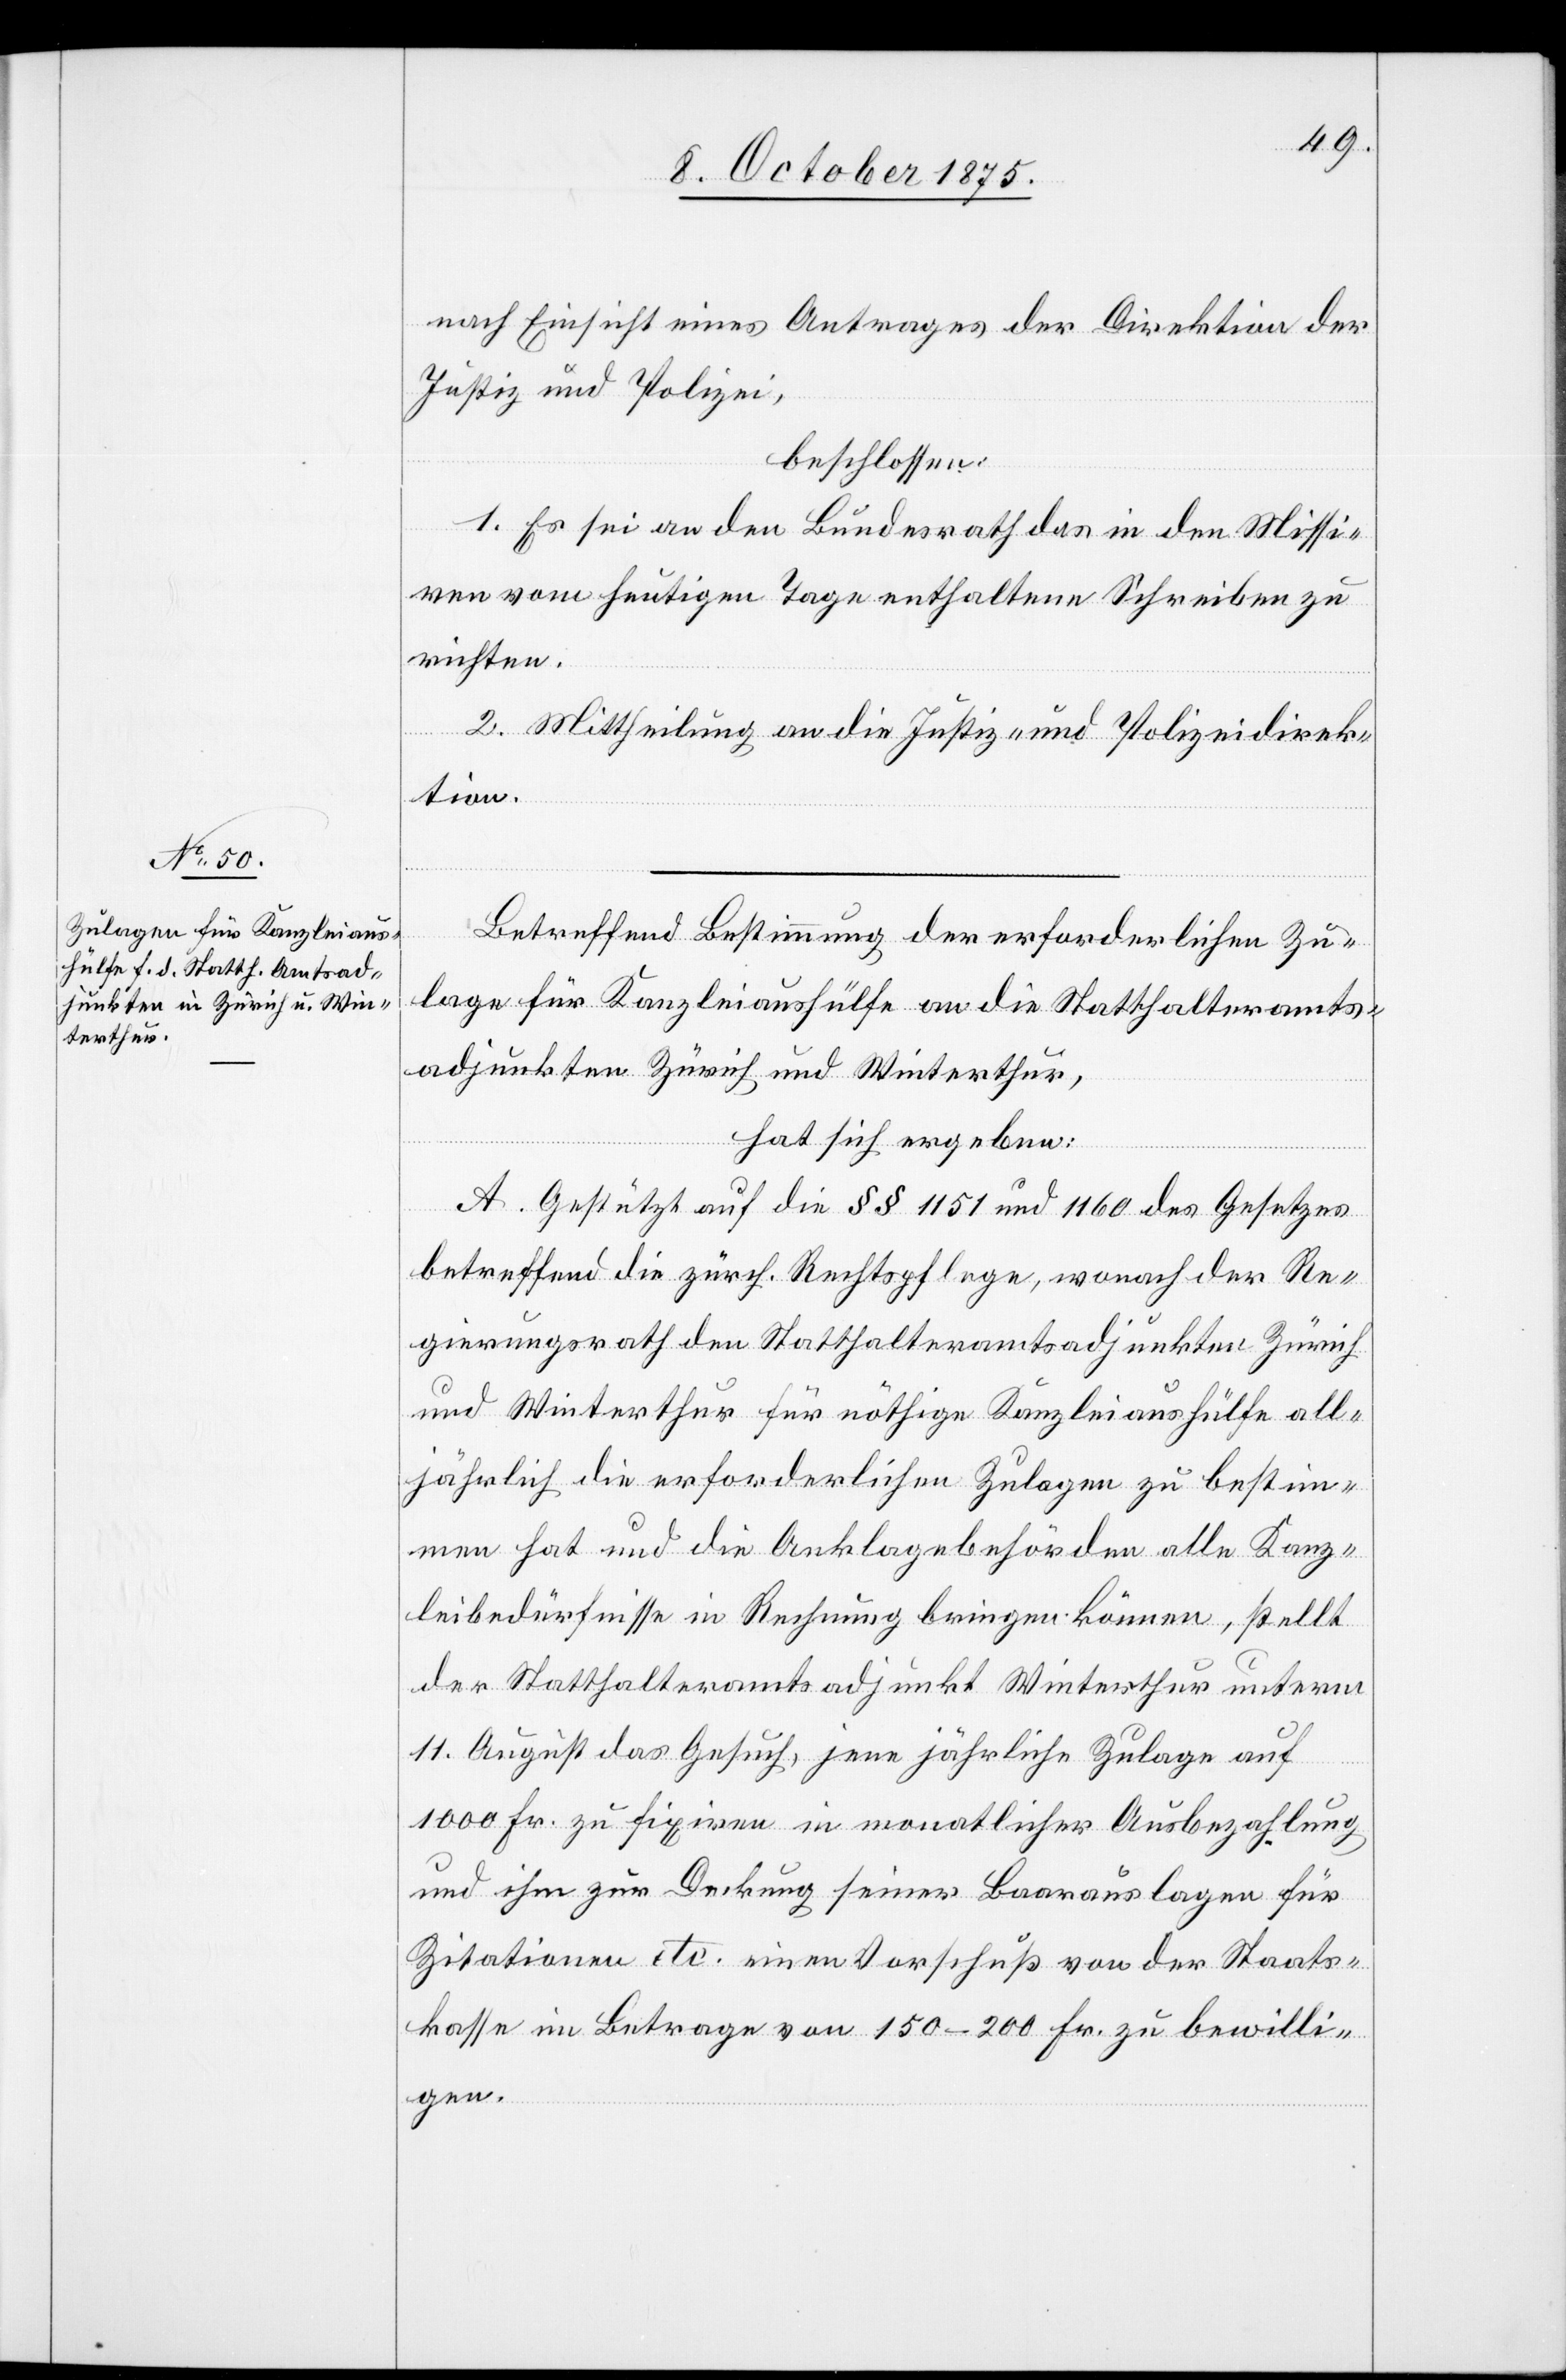
nach Einsicht eines Antrages der Direktion der
Justiz und Polizei,
beschlossen:
1. Es sei an den Bundesrath das in den Missi¬
ven vom heutigen Tage enthaltene Schreiben zu
richten.
2. Mittheilung an die Justiz- und Polizeidirek¬
tion.
Betreffend Bestimmung der erforderlichen Zu¬
lage für Kanzleiaushülfe an die Statthalteramts¬
adjunkten Zürich und Winterthur,
hat sich ergeben:
A. Gestützt auf die §§ 1151 und 1160 des Gesetzes
betreffend die zürch. Rechtspflege, wonach der Re¬
gierungsrath den Statthalteramtsadjunkten Zürich
und Winterthur für nöthige Kanzleiaushülfe all¬
jährlich die erforderlichen Zulagen zu bestim¬
men hat und die Anklagebehörden alle Kanz¬
leibedürfnisse in Rechnung bringen können, stellt
der Statthalteramtsadjunkt Winterthur unterm
11. August das Gesuch, jene jährliche Zulage auf
1000 Fr. zu fixiren in monatlicher Ausbezahlung
und ihm zur Deckung seiner Baarauslagen für
Zitationen etc. einen Vorschuß von der Staats¬
kasse im Betrage von 150–200 Fr. zu bewilli¬
gen.